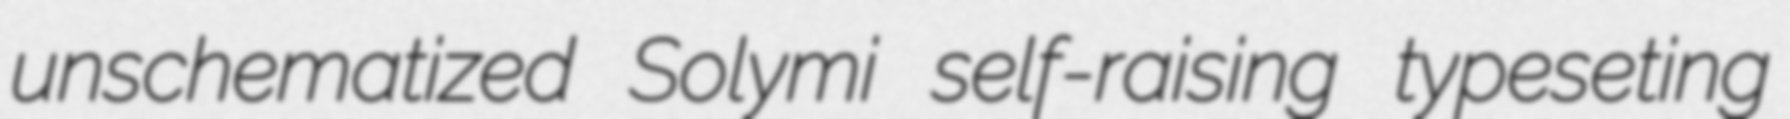
unschematized Solymi self-raising typeseting